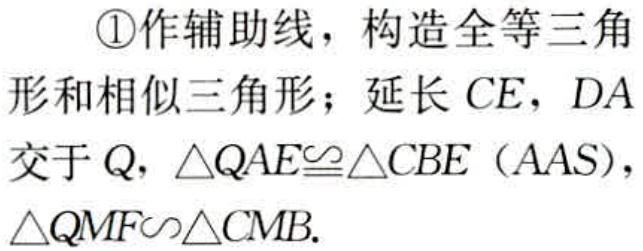
\textcircled{1}作辅助线，构造全等三角形和相似三角形；延长 \(CE\)，\(DA\) 交于 \(Q\)，\(\triangle QAE\cong\triangle CBE\)（AAS），\(\triangle QMF\sim\triangle CMB\).